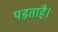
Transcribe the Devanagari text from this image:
पड़ताहै।